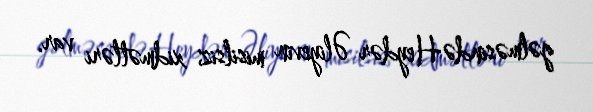
gəlməsində Heydər Əliyevin misilsiz xidmətləri var.